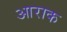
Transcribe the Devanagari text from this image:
आराक